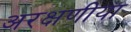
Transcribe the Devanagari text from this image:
अरक्षणीया